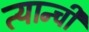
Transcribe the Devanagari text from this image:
त्यान्ची